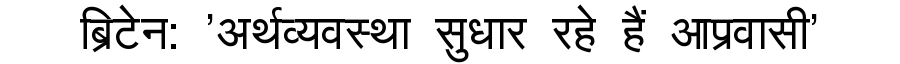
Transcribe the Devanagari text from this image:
ब्रिटेन: 'अर्थव्यवस्था सुधार रहे हैं आप्रवासी'